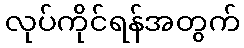
လုပ်ကိုင်ရန်အတွက်